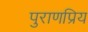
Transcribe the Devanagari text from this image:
पुराणप्रिय